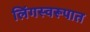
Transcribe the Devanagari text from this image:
लिंगस्वरूपात